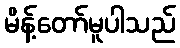
မိန့်တော်မူပါသည်